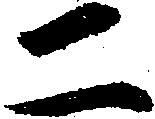
二